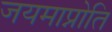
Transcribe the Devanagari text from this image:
जयमाप्नोति